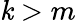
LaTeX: \mathit{k}>m